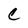
Character: C